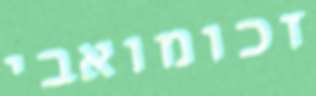
זכומואבי